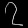
Digit: ၇